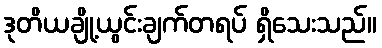
ဒုတိယချို့ယွင်းချက်တရပ် ရှိသေးသည်။